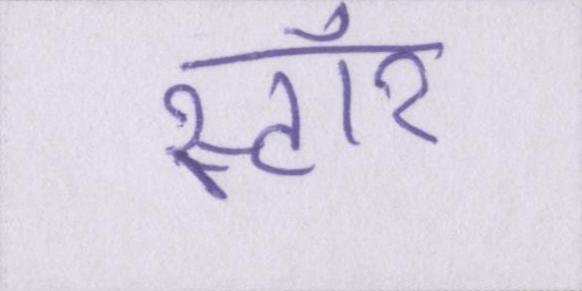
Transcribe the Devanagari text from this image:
स्टॉर